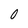
Character: 0